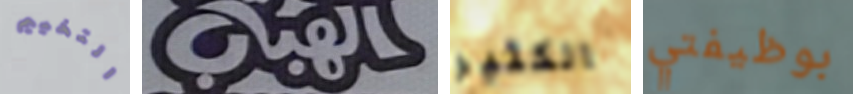
التخييم الهباب الكثير بوظيفتي